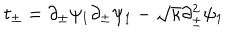
t _ { \pm } = \partial _ { \pm } \psi _ { 1 } \partial _ { \pm } \psi _ { 1 } - \sqrt { \kappa } \partial _ { \pm } ^ { 2 } \psi _ { 1 }